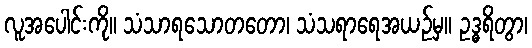
လူအပေါင်းကို။ သံသာရသောတတော၊ သံသရာရေအယဉ်မှ။ ဥဒ္ဓရိတွာ၊